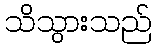
သိသွားသည်